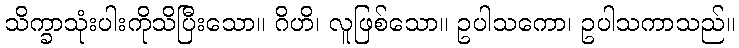
သိက္ခာသုံးပါးကိုသိပြီးသော။ ဂိဟိ၊ လူဖြစ်သော။ ဥပါသကော၊ ဥပါသကာသည်။